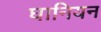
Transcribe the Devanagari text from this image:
घानियन